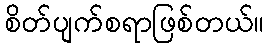
စိတ်ပျက်စရာဖြစ်တယ်။